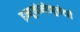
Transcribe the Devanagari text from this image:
इम्यूनोमोड्युलेटरी